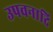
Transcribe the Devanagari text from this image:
उपवनादि